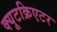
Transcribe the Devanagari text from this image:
क्यूटक्रिएटर